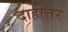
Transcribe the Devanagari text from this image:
दाहोत्तर